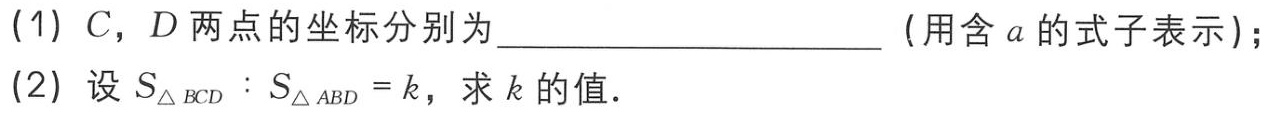
(1) \(C\)，\(D\)两点的坐标分别为  （用含\(a\)的式子表示）；

(2) 设\(S_{\triangle BCD}:S_{\triangle ABD}=k\)，求\(k\)的值．